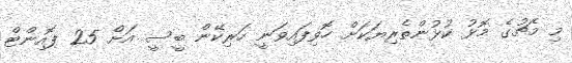
މި މެޗުގެ މޮޅު ކުޅުންތެރިޔަކަށް ހޮވިފައިވަނީ ހަރިކޭން ބީސީ އަށް 25 ޕޮއިންޓް